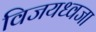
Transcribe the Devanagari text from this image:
विजयध्वजा